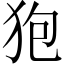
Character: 狍